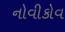
નોવીકોવ